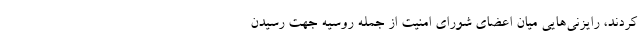
کردند، رایزنی‌هایی میان اعضای شورای امنیت از جمله روسیه جهت رسیدن